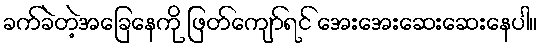
ခက်ခဲတဲ့အခြေနေကို ဖြတ်ကျော်ရင် အေးအေးဆေးဆေးနေပါ။